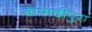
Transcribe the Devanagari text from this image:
कागदीपुरा